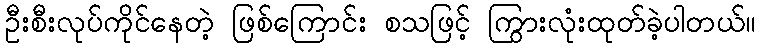
ဦးစီးလုပ်ကိုင်နေတဲ့ ဖြစ်ကြောင်း စသဖြင့် ကြွားလုံးထုတ်ခဲ့ပါတယ်။